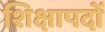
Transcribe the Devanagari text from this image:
शिक्षापदों